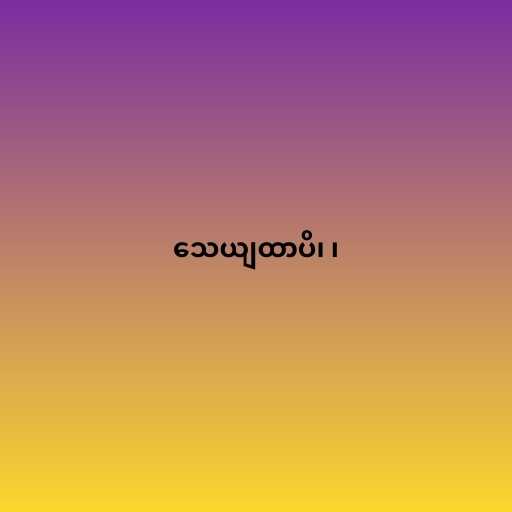
သေယျထာပိ၊ ၊